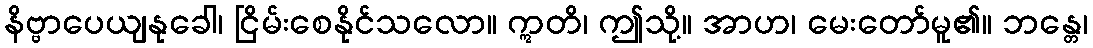
နိဗ္ဗာပေယျနုခေါ၊ ငြိမ်းစေနိုင်သလော။ ဣတိ၊ ဤသို့။ အာဟ၊ မေးတော်မူ၏။ ဘန္တေ၊